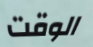
الوقت